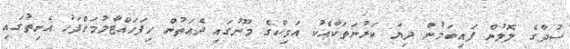
ސުދާގެ ލޮލުން ފައިބަމުން ދިޔަ ކަރުނަތަކާއެކު އަވިކްގެ މޫނުގައި ދެއަތުން ހިފަހައްޓާލުމަށްފަހު އެނިތުގައި